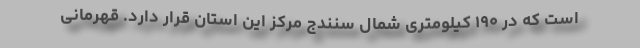
است که در ۱۹۰ کیلومتری شمال سنندج مرکز این استان قرار دارد. قهرمانی